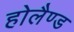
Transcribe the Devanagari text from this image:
होलैण्ड